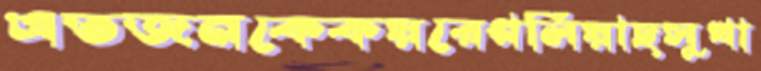
এতজনকেকয়রেগলিয়াছসুখা